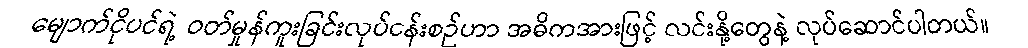
မျောက်ငိုပင်ရဲ့ ဝတ်မှုန်ကူးခြင်းလုပ်ငန်းစဉ်ဟာ အဓိကအားဖြင့် လင်းနို့တွေနဲ့ လုပ်ဆောင်ပါတယ်။